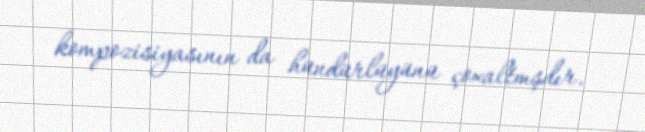
kompozisiyasının da hündürlüyünü çoxaltmşdır.